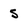
Character: 5